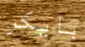
بايكر